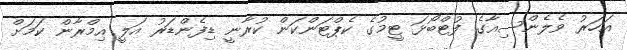
އަހަރު ވެލެންސިއާގެ ފުޓްބޯޅަ ޓީމުގެ ކެޕްޓަންކަން ކުރާނީ ޑިފެންޑަރު އަލީ އިމްރާން ކަމަށް